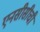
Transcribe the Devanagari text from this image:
एनसीसीची